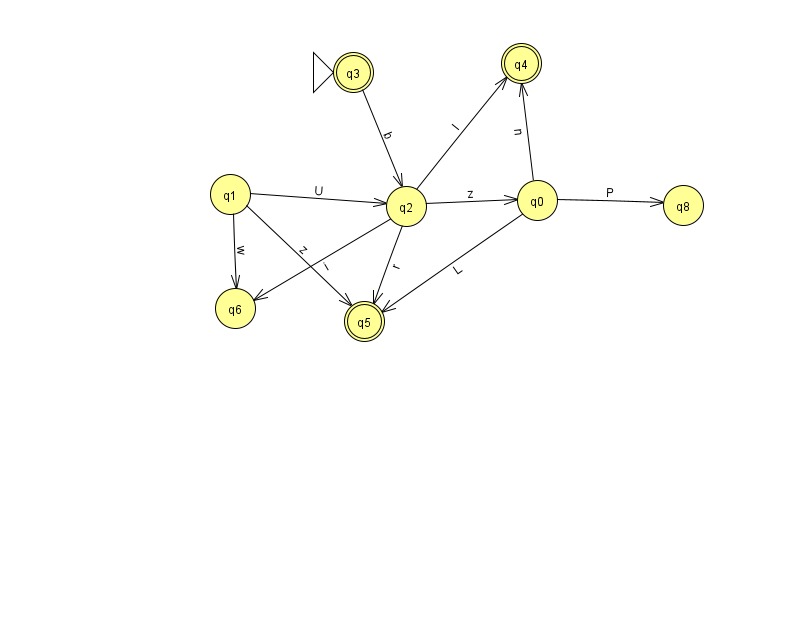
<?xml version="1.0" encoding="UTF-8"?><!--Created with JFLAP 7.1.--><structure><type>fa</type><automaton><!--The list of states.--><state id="0" name="q0"><x>537.0</x><y>187.0</y></state><state id="1" name="q1"><x>230.0</x><y>181.0</y></state><state id="2" name="q2"><x>406.0</x><y>193.0</y></state><state id="3" name="q3"><x>353.0</x><y>59.0</y><initial/><final/></state><state id="4" name="q4"><x>521.0</x><y>50.0</y><final/></state><state id="5" name="q5"><x>364.0</x><y>308.0</y><final/></state><state id="6" name="q6"><x>235.0</x><y>295.0</y></state><state id="8" name="q8"><x>683.0</x><y>192.0</y></state><!--The list of transitions.--><transition><from>3</from><to>2</to><read>b</read></transition><transition><from>1</from><to>2</to><read>U</read></transition><transition><from>2</from><to>5</to><read>r</read></transition><transition><from>1</from><to>6</to><read>w</read></transition><transition><from>0</from><to>8</to><read>P</read></transition><transition><from>2</from><to>6</to><read>i</read></transition><transition><from>0</from><to>5</to><read>L</read></transition><transition><from>2</from><to>0</to><read>z</read></transition><transition><from>0</from><to>4</to><read>n</read></transition><transition><from>1</from><to>5</to><read>z</read></transition><transition><from>2</from><to>4</to><read>l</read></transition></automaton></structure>